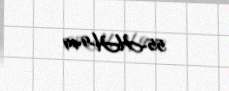
55-HH-949